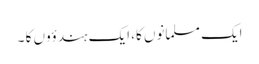
ایک مسلمانوں کا، ایک ہندؤوں کا ۔